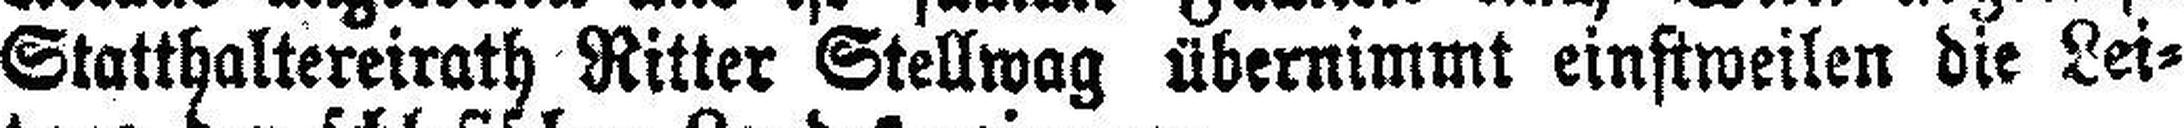
Statthaltereirath Ritter Stellwag übernimmt einstweilen die Lei¬